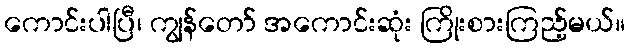
ကောင်းပါပြီ၊ ကျွန်တော် အကောင်းဆုံး ကြိုးစားကြည့်မယ်။